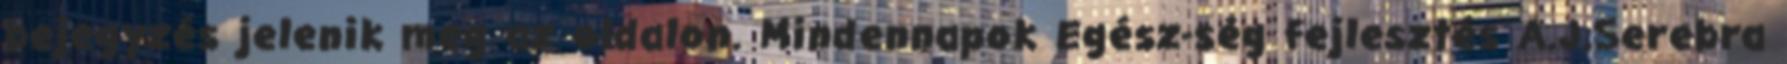
bejegyzés jelenik meg az oldalon. Mindennapok Egész-ség fejlesztés A.J.Serebra